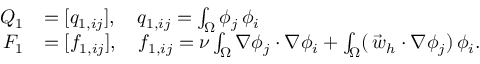
\begin{array} { r l } { Q _ { 1 } } & { = [ q _ { 1 , i j } ] , { \quad } q _ { 1 , i j } = \int _ { \Omega } \phi _ { j } \, \phi _ { i } } \\ { F _ { 1 } } & { = [ f _ { 1 , i j } ] , \quad f _ { 1 , i j } = \nu \int _ { \Omega } \nabla \phi _ { j } \cdot \nabla \phi _ { i } + \int _ { \Omega } ( \vec { \, w } _ { h } \cdot \nabla \phi _ { j } ) \, \phi _ { i } . } \end{array}